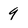
Character: 9